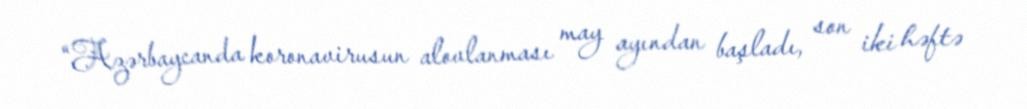
“Azərbaycanda koronavirusun alovlanması may ayından başladı, son iki həftə